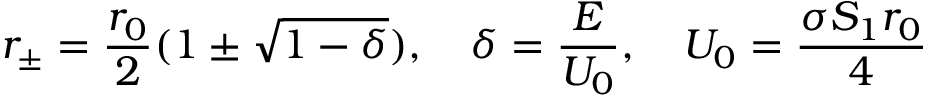
r _ { \pm } = \frac { r _ { 0 } } { 2 } ( 1 \pm \sqrt { 1 - \delta } ) , \quad \delta = \frac { E } { U _ { 0 } } , \quad U _ { 0 } = \frac { \sigma S _ { 1 } r _ { 0 } } { 4 }